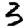
Digit: 3